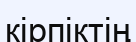
кірпіктің